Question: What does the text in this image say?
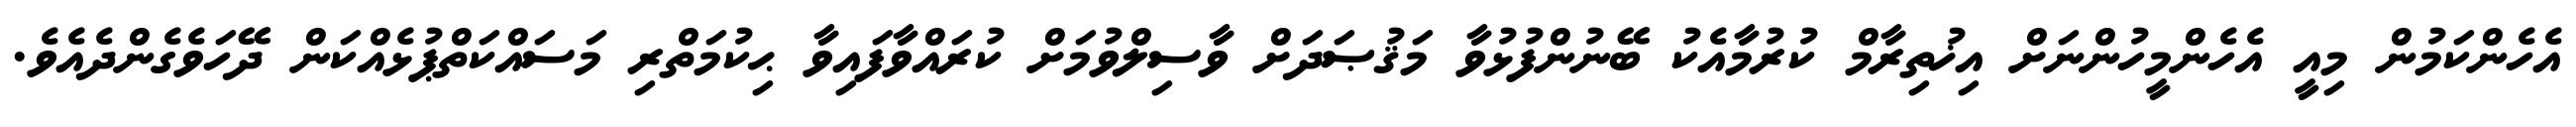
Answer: އެހެންކަމުން މިއީ އެހެންމީހުންނަށް އިޚުތިރާމް ކުރުމާއެކު ބޭނުންފުޅުވާ މަޤުޞަދަށް ވާސިލްވުމަށް ކުރައްވާފައިވާ ޙިކުމަތްރި މަސައްކަތްޕުޅެއްކަން ދޭހަވެގެންދެއެވެ.